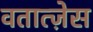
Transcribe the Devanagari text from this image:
वतात्ज़ेस